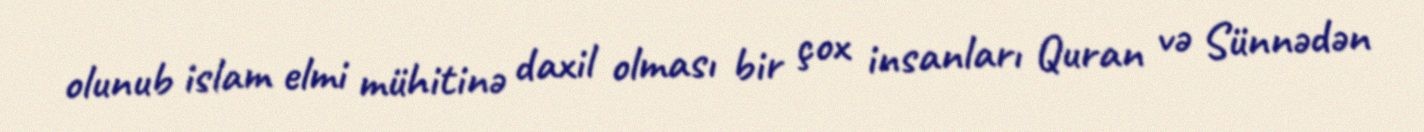
olunub islam elmi mühitinə daxil olması bir çox insanları Quran və Sünnədən